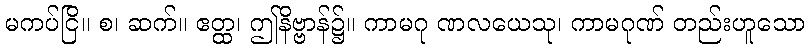
မကပ်ငြိ။ စ၊ ဆက်။ ဧတ္ထ၊ ဤနိဗ္ဗာန်၌။ ကာမဂု ဏလယေသု၊ ကာမဂုဏ် တည်းဟူသော